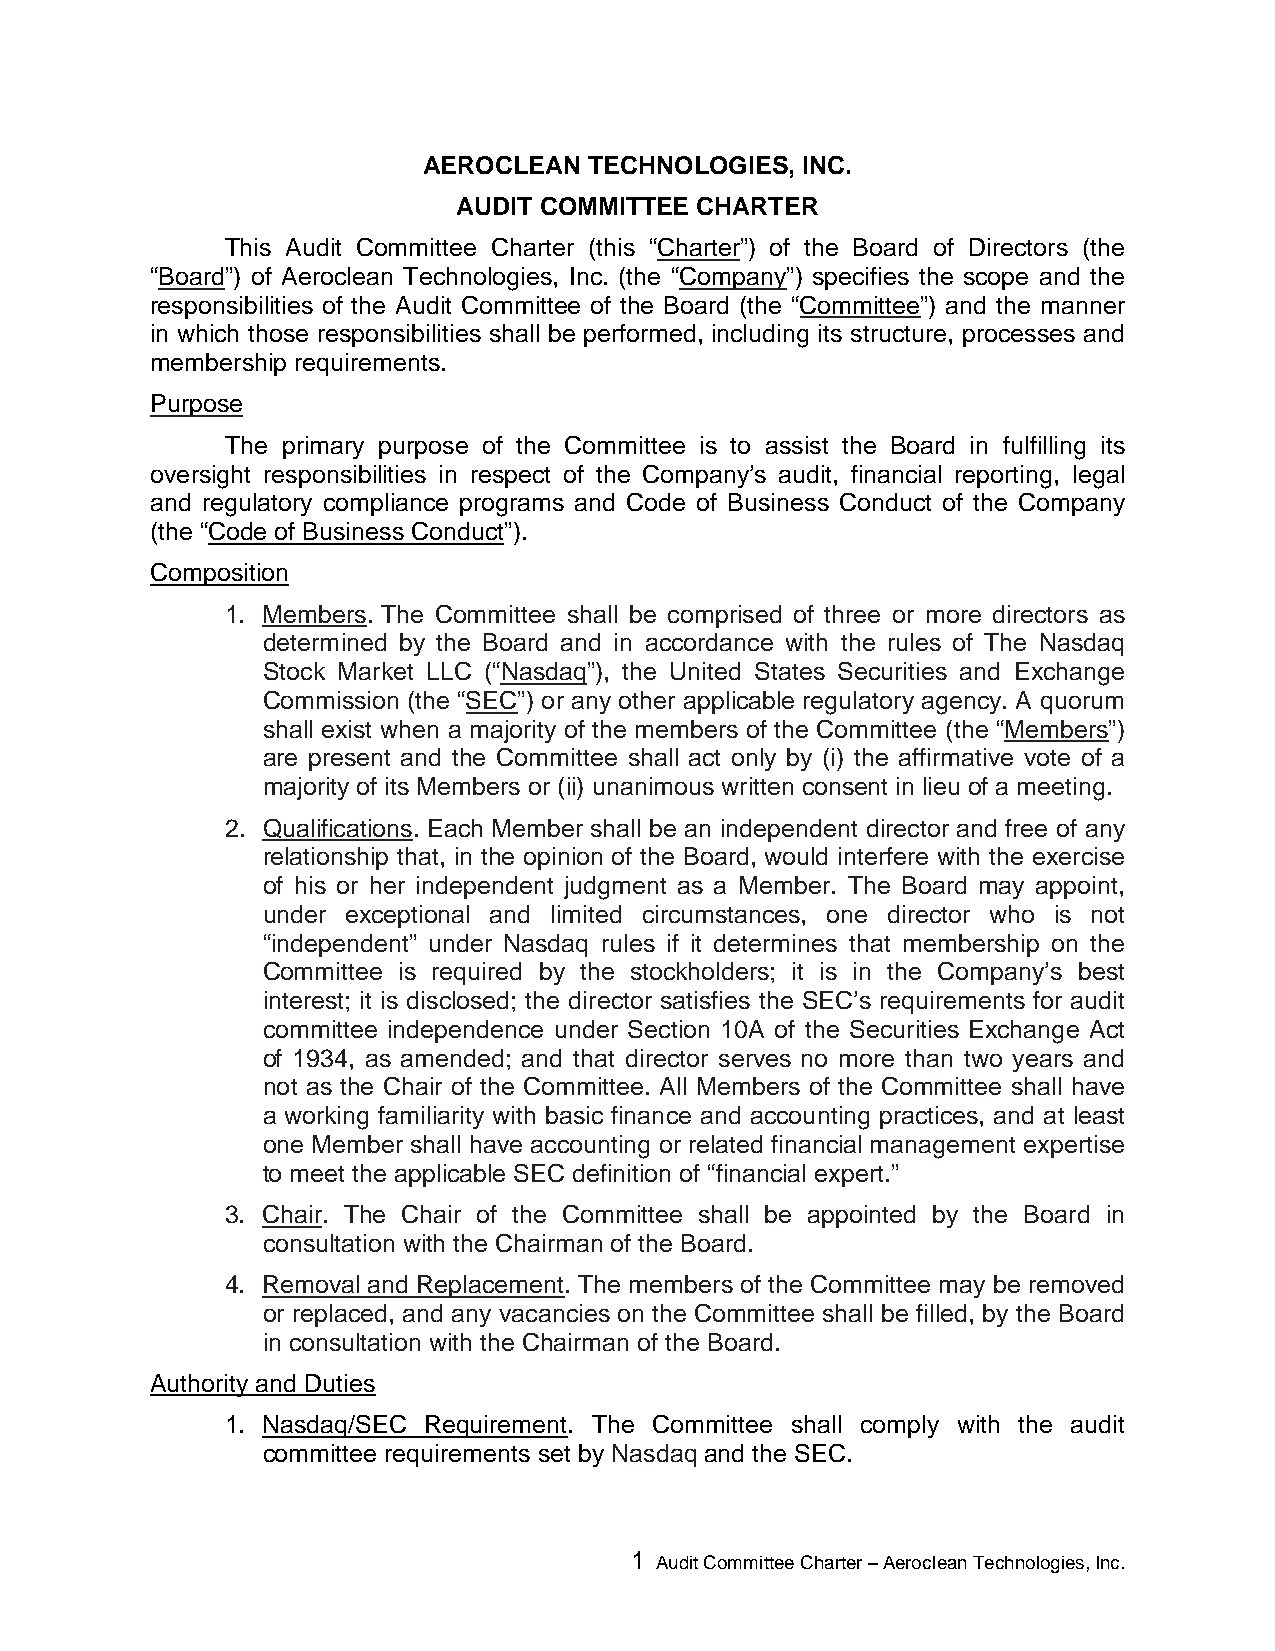
AEROCLEAN  TECHNOLOGIES, INC.
 AUDIT COMMITTEE CHARTER
 This Audit Committee Charter (this “Charter”) of the Board of Directors (the
 “Board”) of Aeroclean Technologies, Inc. (the “Company”) specifies the scope and the
 responsibilities of the Audit Committee of the Board (the “Committee”) and the manner
 in which those responsibilities shall be performed, including its structure, processes and
 membership requirements.
 Purpose
 The primary purpose of the Committee is to assist the Board in fulfilling its
 oversight responsibilities in respect of the Company’s audit, financial reporting, legal
 and regulatory compliance programs and Code of Business Conduct of the Company
 (the “Code of Business Conduct”).
 Composition
 1. Members. The Committee shall be comprised of three or more directors as
 determined by the Board and in accordance with the rules of The Nasdaq
 Stock Market LLC (“Nasdaq”), the United States Securities and Exchange
 Commission (the “SEC”) or any other applicable regulatory agency. A quorum
 shall exist when a majority of the members of the Committee (the “Members”)
 are present and the Committee shall act only by (i) the affirmative vote of a
 majority of its Members or (ii) unanimous written consent in lieu of a meeting.
 2. Qualifications. Each Member shall be an independent director and free of any
 relationship that, in the opinion of the Board, would interfere with the exercise
 of his or her independent judgment as a Member. The Board may appoint,
 under exceptional and limited circumstances, one director who is not
 “independent” under Nasdaq rules if it determines that membership on the
 Committee is required by the stockholders; it is in the Company’s best
 interest; it is disclosed; the director satisfies the SEC’s requirements for audit
 committee independence under Section 10A of the Securities Exchange Act
 of 1934, as amended; and that director serves no more than two years and
 not as the Chair of the Committee. All Members of the Committee shall have
 a working familiarity with basic finance and accounting practices, and at least
 one Member shall have accounting or related financial management expertise
 to meet the applicable SEC definition of “financial expert.”
 3. Chair. The Chair of the Committee shall be appointed by the Board in
 consultation with the Chairman of the Board.
 4. Removal and Replacement. The members of the Committee may be removed
 or replaced, and any vacancies on the Committee shall be filled, by the Board
 in consultation with the Chairman of the Board.
 Authority and Duties
 1. Nasdaq/SEC Requirement. The Committee shall comply with the audit
 committee requirements set by Nasdaq and the SEC.
 1 Audit Committee Charter – Aeroclean Technologies, Inc.